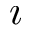
\imath